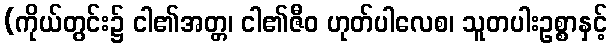
(ကိုယ်တွင်း၌ ငါ၏အတ္တ၊ ငါ၏ဇီဝ ဟုတ်ပါလေစ၊ သူတပါးဥစ္စာနှင့်